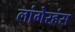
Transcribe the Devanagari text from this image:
लांगेरहंस